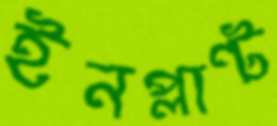
ইনপ্লান্ট